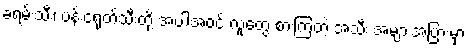
ခရမ်းသီး၊ ပန်းငရုတ်သီးတို့ အပါအဝင် လူတွေ စားကြတဲ့ အသီး အများအပြားမှာ